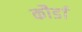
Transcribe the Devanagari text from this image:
कौर्डा